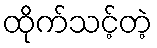
ထိုက်သင့်တဲ့